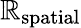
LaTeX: \mathbb{R}_{\mathrm{{spatial}}}